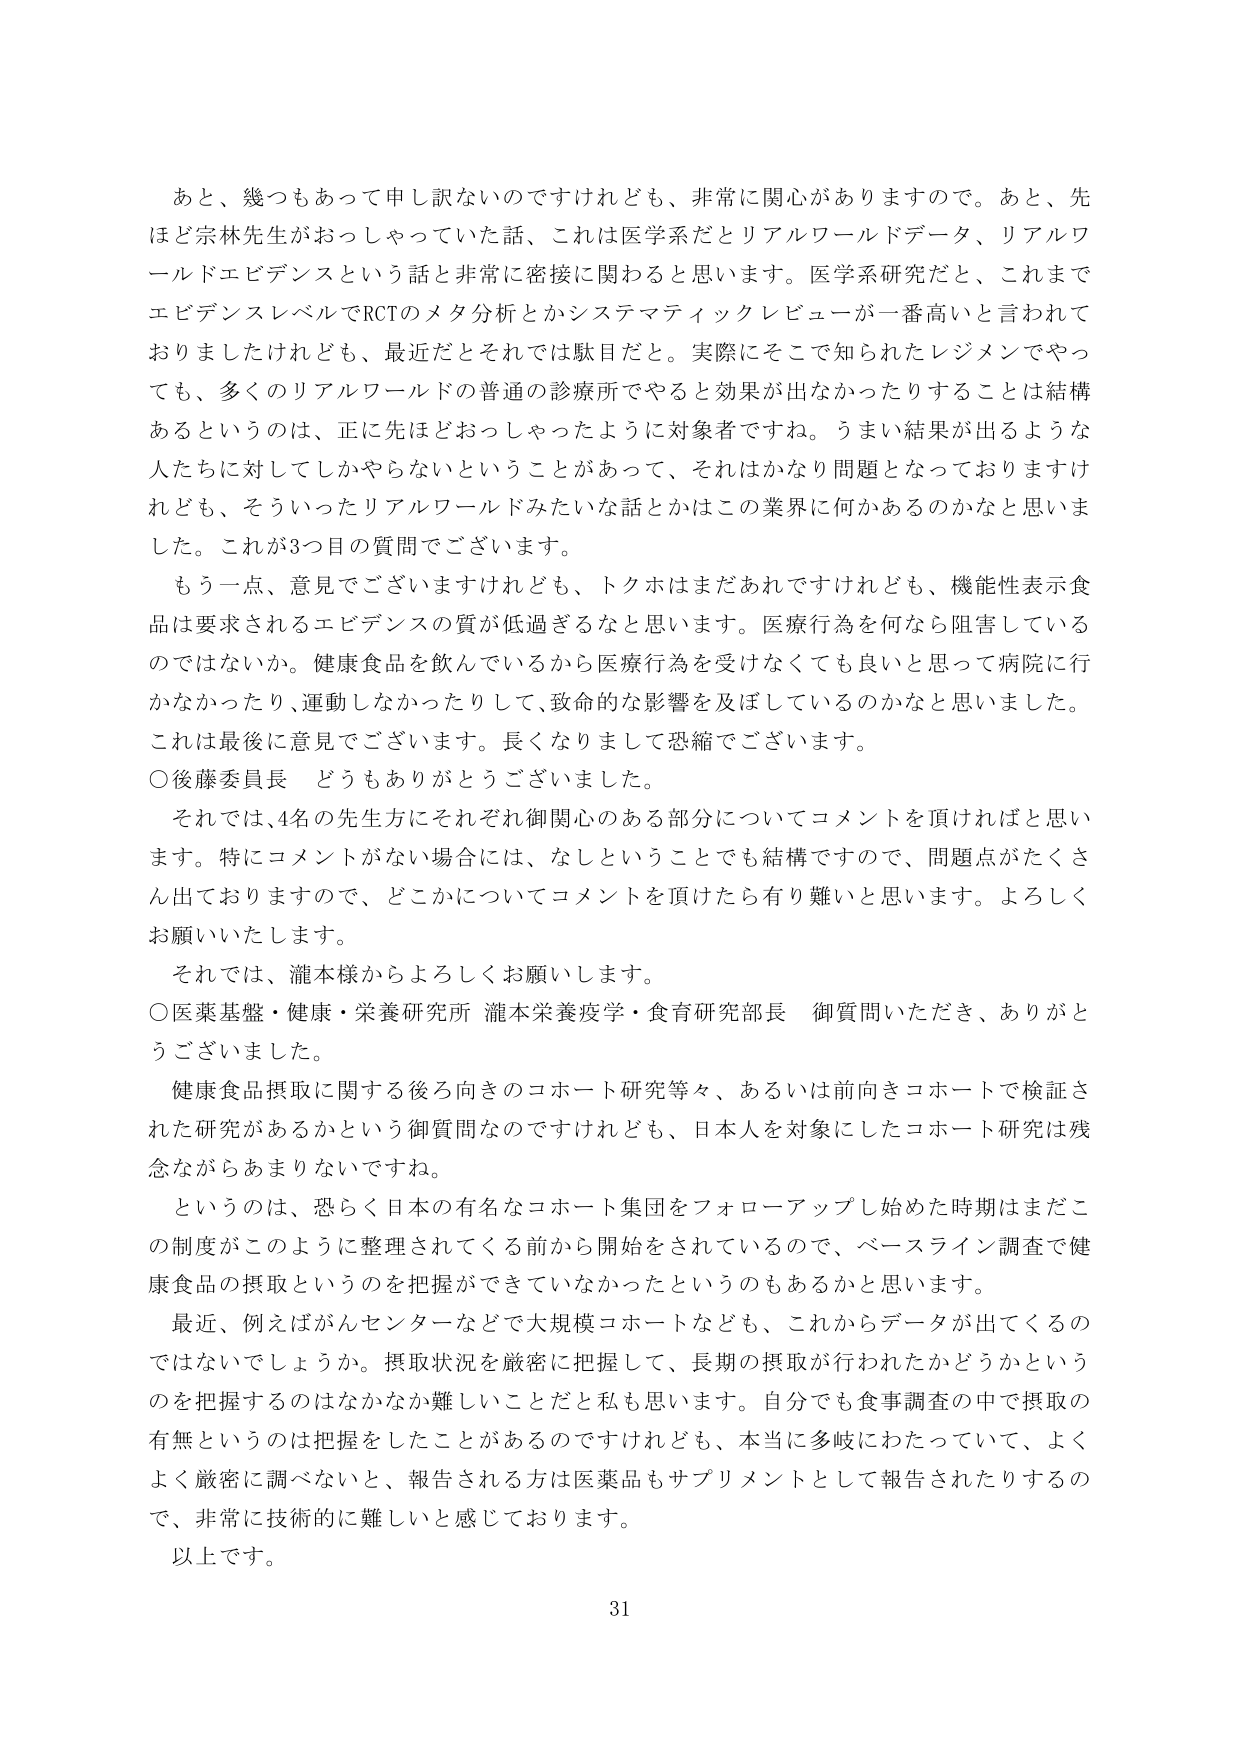
あと、幾つもあって申し訳ないのですけれども、非常に関心がありますので。あと、先ほど宗林先生がおっしゃっていた話、これは医学系だとリアルワールドデータ、リアルワールドエビデンスという話と非常に密接に関わると思います。医学系研究だと、これまでエビデンスレベルでRCTのメタ分析とかシステマティックレビューが一番高いと言われておりましたけれども、最近だとそれでは駄目だと。実際にそこで知られたレジメンでやっても、多くのリアルワールドの普通の診療所でやると効果が出なかったりすることは結構あるというのは、正に先ほどおっしゃったように対象者ですね。うまい結果が出るような人たちに対してしかやらないということがあって、それはかなり問題となっておりますけれども、そういったリアルワールドみたいな話とかはこの業界に何かあるのかなと思いました。これが3つ目の質問でございます。

もう一点、意見でございますけれども、トクホはまだあれですけれども、機能性表示食品は要求されるエビデンスの質が低過ぎるなと思います。医療行為を何なら阻害しているのではないか。健康食品を飲んでいいるから医療行為を受けなくても良いと思って病院に行かなかったり、運動しなかったりして、致命的な影響を及ぼしているのかなと思いました。これは最後に意見でございます。長くなりまして恐縮でございます。

○後藤委員長　どうもありがとうございました。

それでは、4名の先生方にそれぞれ御関心のある部分についてコメントを頂ければと思います。特にコメントがない場合には、なしということでも結構ですので、問題点がたくさん出ておりますので、どこかについてコメントを頂けたら有り難いと思います。よろしくお願いいたします。

それでは、瀧本様からよろしくお願いします。

○医薬基盤・健康・栄養研究所 瀧本栄養疫学・食育研究部長 御質問いただき、ありがとうございました。

健康食品摂取に関する後ろ向きのコホート研究等々、あるいは前向きコホートで検証された研究があるかという御質問なのですが、日本人を対象にしたコホート研究は残念ながらあまりないですね。

というのは、恐らく日本の有名なコホート集団をフォローアップし始めた時期はまだこの制度がこのように整理されてくる前から開始をされているので、ベースライン調査で健康食品の摂取というのを把握ができていなかったというのもあるかと思います。

最近、例えばがんセンターなどで大規模コホートなども、これからデータが出てくるのではないでしょうか。摂取状況を厳密に把握して、長期の摂取が行われたかどうかというのを把握するのはなかなか難しいことだと私も思います。自分でも食事調査の中で摂取の有無というのは把握をしたことがあるのですけれども、本当に多岐にわたっていて、よくよく厳密に調べないと、報告される方は医薬品もサプリメントとして報告されたりするので、非常に技術的に難しいと感じております。

以上です。

31